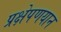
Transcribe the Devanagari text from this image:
प्रक्षेपणयान